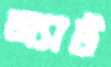
অ্যাট